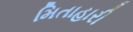
મિતાહારી